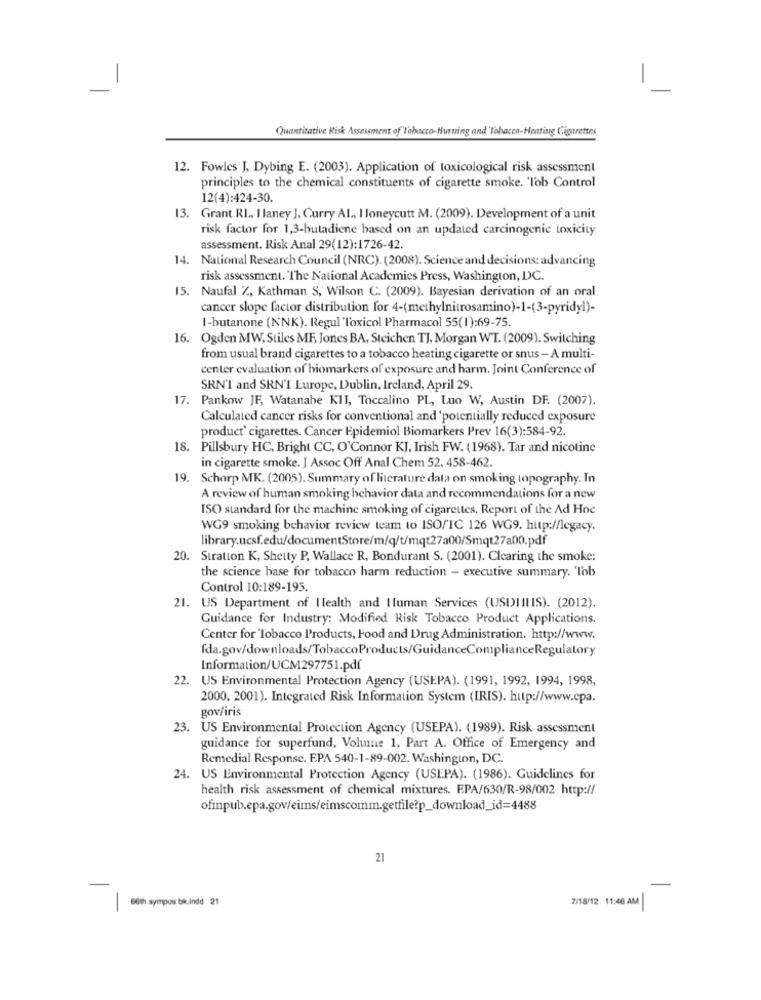
-
-
Quantitative Risk Assessment of"Tabacco-Hurting and Tobacco-Heating Cigarettes
12. Fowles J, Dybing E. (2003). Application of toxicological risk assessment
principles to the chemical constituents of cigarette smoke. 'Tob Control
12(4):424-30.
13. Grant RI ., I laney J, Curry Al ., I loneycutt M. (2009). Development of a unit
risk factor for 1,3-butadiene based on an updated carcinogenic toxicity
assessment. Risk Anal 29(12):1726-42.
14. National Research Council (NRC). (2008). Science and decisions: advancing
risk assessment. "The National Academies Press, Washington, DC.
15. Naufal %, Kathman S, Wilson C. (2009). Bayesian derivation of an oral
cancer slope factor distribution for 4-(methylnitrosamino)-1-(3-pyridyl)-
I-butanone (NNK). Regul 'Toxicol Pharmacol 55(1):69-75.
16. Ogden MW, Stiles MF, Jones BA, Steichen TJ, Morgan WT. (2009). Switching
from usual brand cigarettes to a tobacco heating cigarette or snus - A multi-
center evaluation of biomarkers of exposure and harm. Joint Conference of
SRN'T and SRN'T Europe, Dublin, Ireland, April 29.
17. Pankow JF, Watanabe KII, Toccalino PL, Luo W, Austin DF. (2007).
Calculated cancer risks for conventional and 'potentially reduced exposure
product' cigarettes. Cancer Epidemiol Biomarkers Prev 16(3):584-92.
18. Pillsbury HC, Bright CC, O'Connor KJ, Irish FW. (1968). Tar and nicotine
in cigarette smoke. J Assoc Off Anal Chem 52, 458-462.
19. Schorp MK. (2005). Summary of literature data on smoking topography. In
A review of human smoking behavior data and recommendations for a new
ISO standard for the machine smoking of cigarettes. Report of the Ad Hoc
WG9 smoking behavior review team to ISO/TC 126 WG9. http://legacy.
library.ucsf.edu/documentStore/m/q/t/mqt27a00/Smqt27a00.pdf
20. Stration K, Shetty P. Wallace R, Bondurant S. (2001). Clearing the smoke:
the science base for tobacco harm reduction - executive summary. 'Tob
Control 10:189-195.
21. US Department of Ilealth and Iluman Services (USDIII IS). (2012).
Guidance for Industry: Modified Risk Tobacco Product Applications.
Center for 'Tobacco Products, Food and Drug Administration. http://www.
fda.gov/downloads/TobaccoProducts/GuidanceComplianceRegulatory
Information/UCM297751.pdf
22.
US Environmental Protection Agency (USEPA). (1991, 1992, 1994, 1998,
2000, 2001). Integrated Risk Information System (IRIS). http://www.cpa.
gov/iris
23. US Environmental Protection Agency (USEPA). (1989). Risk assessment
guidance for superfund, Volume 1, Part A. Office of Emergency and
Remedial Response. EPA 540-1-89-002. Washington, DC.
24. US Environmental Protection Agency (USEPA). (1986). Guidelines for
health risk assessment of chemical mixtures. EPA/630/R-98/002 http://
ofmnpub.epa.gov/eims/eimscomm.getfile?p_download_id=4488
21
7/18/12 11:46 AM
60th sympos bikindd 21